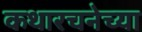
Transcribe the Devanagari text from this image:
कथारचनेच्या